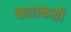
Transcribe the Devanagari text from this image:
कशाकशी